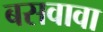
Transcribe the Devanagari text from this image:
बसवावा